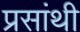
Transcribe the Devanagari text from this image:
प्रसांथी